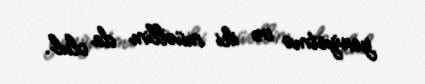
yeniyetmə və iki müəllim da olub.